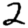
Digit: 2